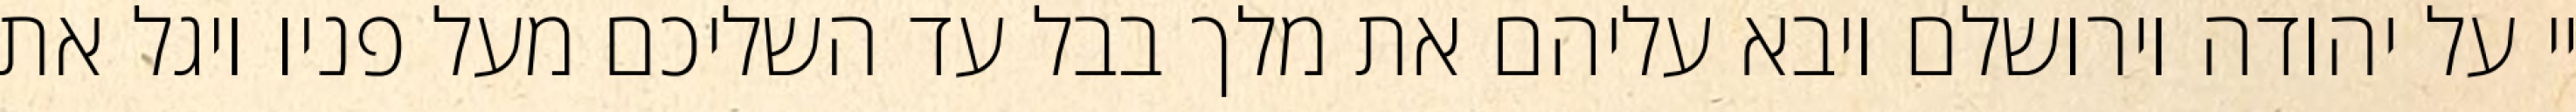
יי על יהודה וירושלם ויבא עליהם את מלך בבל עד השליכם מעל פניו ויגל את